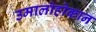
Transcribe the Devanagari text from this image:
उमालोहोकान